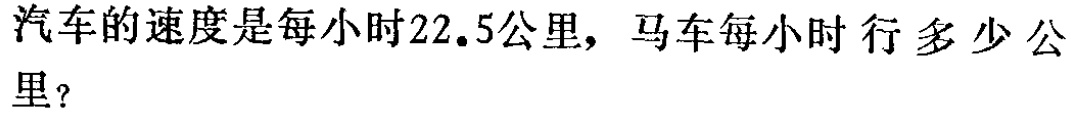
汽车的速度是每小时22.5公里, 马车每小时行多少公里?